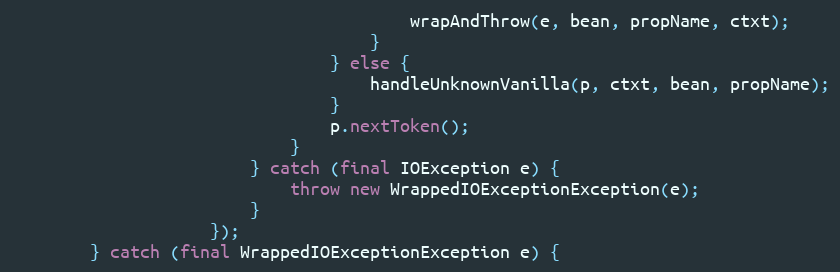
Language: Java
                                        wrapAndThrow(e, bean, propName, ctxt);
                                    }
                                } else {
                                    handleUnknownVanilla(p, ctxt, bean, propName);
                                }
                                p.nextToken();
                            }
                        } catch (final IOException e) {
                            throw new WrappedIOExceptionException(e);
                        }
                    });
        } catch (final WrappedIOExceptionException e) {